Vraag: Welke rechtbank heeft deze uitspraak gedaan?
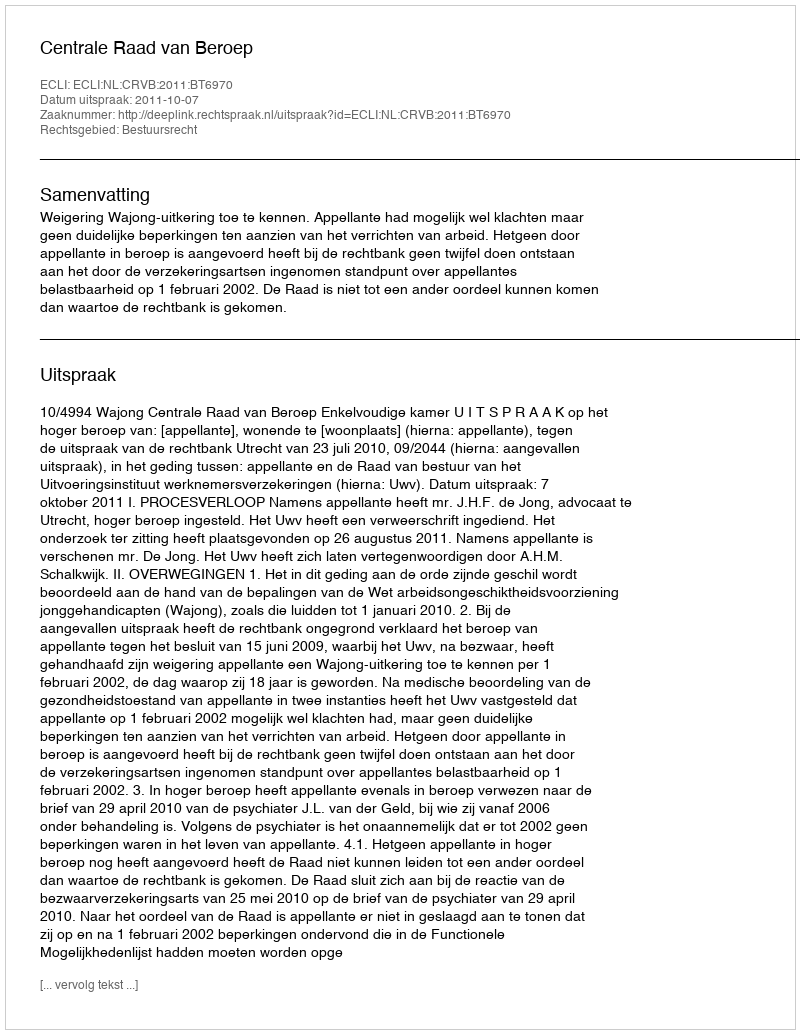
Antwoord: Centrale Raad van Beroep